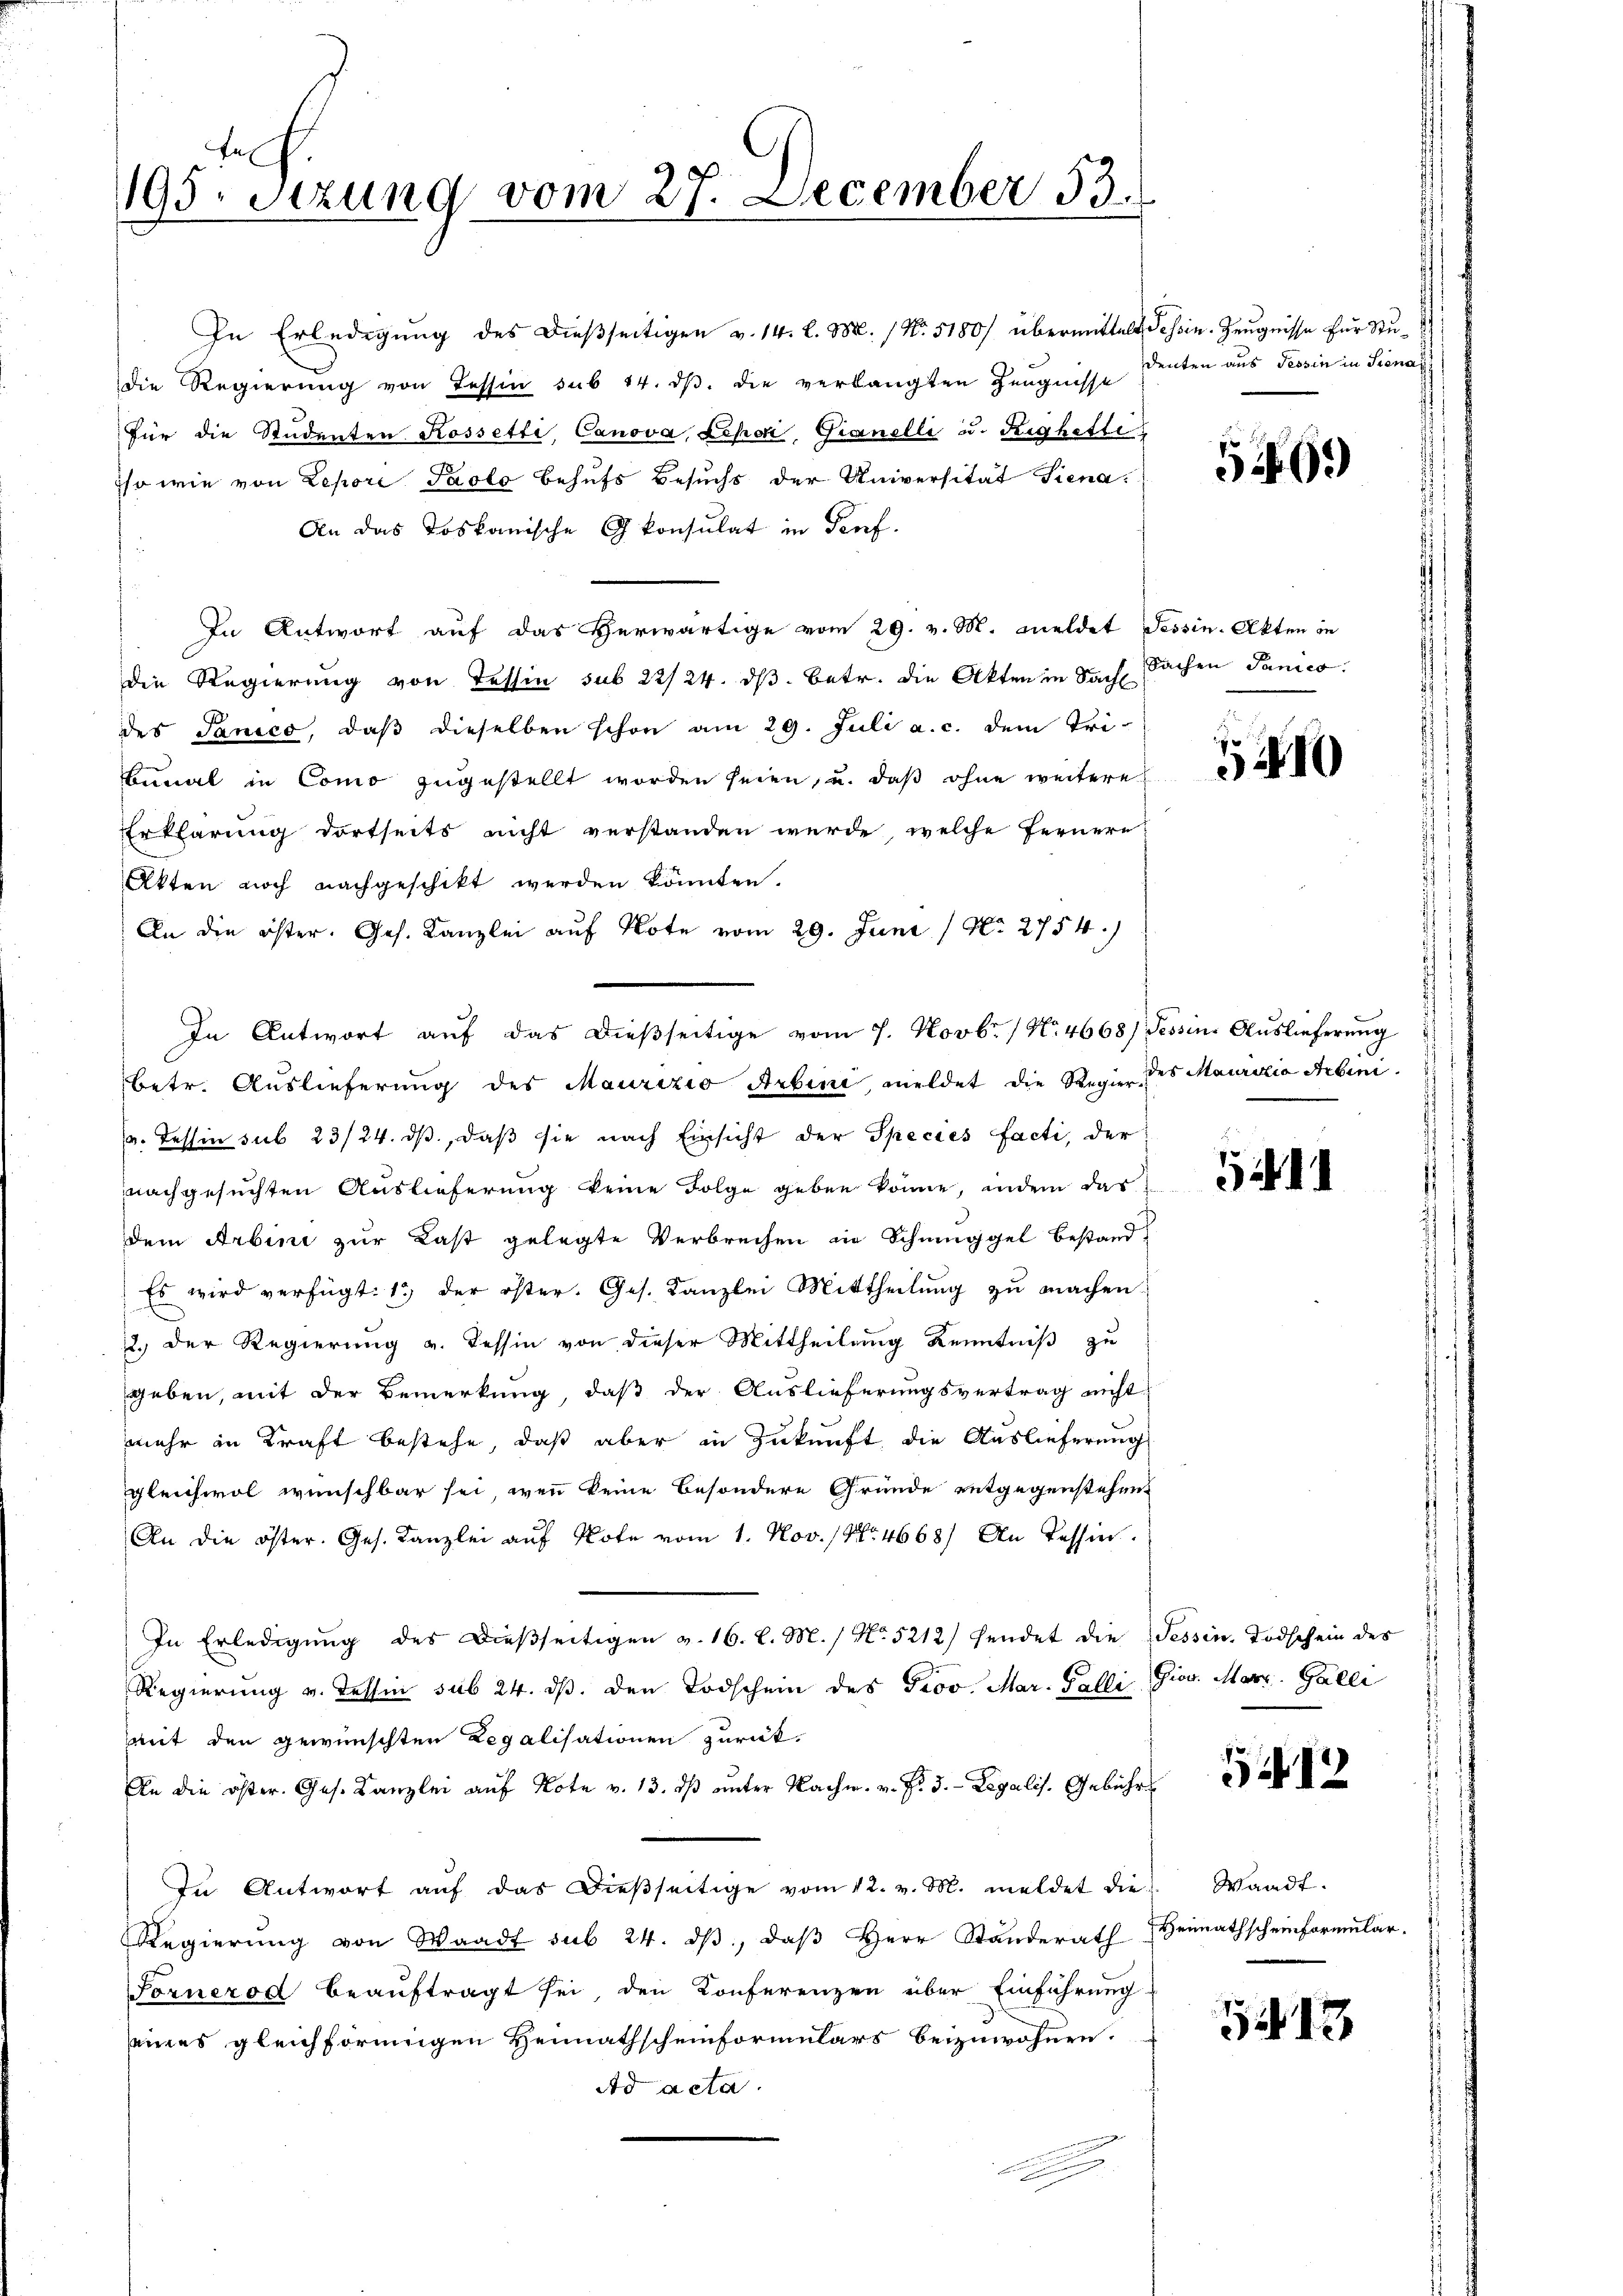
195 Stzung vom 27. December 53.

In Erledigung des dießseitigen v. 14. l. M. / No. 5180/ übermittelt Tessin. Zeugnisse für Studie Regierung von Tessin sub 14. ds. die verlangten Zeugnisse
für die Studenten Rossetti, Canova, Lepa, Gianelli u. Righetti
iso wie von Zepore Pacto behufs Besuchs der Universität Siena
An das Loskanische G konsulat in Prof.
In Antwort auf das Verwärtige vom 29. v. M. meldet Tessin. Akten in
die Regierung von Tessin sub 22/24. dβ betr. die Akten in Sache Sachen Panico
des Sanico, daß dieselben schon am 29. Juli a. c. dem Tri-
Bunal in Como zugestellt worden seien, u. daß ohne weitere
Erklärung dortseits nicht verstanden werde, welche fernere
Akten noch nachgeschikt werden könnten.
An die öster. Ges. Kanzlei auf Note vom 29. Juni / No. 2754.)
In Antwort auf das dießseitige vom 7. Novbr. / No. 4668) Tessin Auslieferung
betr. Auslieferung des Maurizio Arbini meldet die Regier des Maurizia Arbini¬
u. Tessin sub 23/24. dβ, daß sie nach Einsicht der Species facti, der
nachgesuchten Auslieferung keine Folge geben könne, indem das
dem Arbini zur Last gelegte Verbrechen in Schmuggel bestand-
Es wird verfügt: 1.) der öster. Ges. Kanzlei Mittheilung zu machen.
2.) Der Regierung v. Tessin von dieser Mittheilung Kenntniß zu
geben, mit der Bemerkung, daß der Auslieferungsvertrag nicht
mehr in Kraft bestehe, daß aber in Zukunft die Auslieferung
gleichwol wünschbar sei, wenn keine besondere Gründe entgegenstehend
An die öster. Ges. Kanzlei aŭf Note vom 1. Nov. (Nr. 4668) An Tessier
In Erledigung des dießseitigen v. 16. l. M. / No. 5212/ hendet die Tessin, Todschein des
Regierung v. Tessin sub 24. dβ. den Todschein des Prov. Mar. Galli Gior. Marz. Galli
mit den gewünschten Regalisationen zurück-
An die öster. Ges. Kanzlei auf Note v. 13. dβ ŭnter Nachm. v. d. 5.- Legalis. Gebühr
In Antwort aŭf das dieβseitige vom 12. v. M. meldet die
Regierŭng von Waadt sub 24. dβ, daβ Herr Standerath
Fornerod beauftragt sei den Konferenzen über Einführung
eines gleichförmigen Heimathscheinformulars beizuwohnen.
Ad acta.
a

denten aus Tessin in Sonac

529.

1410

5411

512

Waadt.
Heimathscheinformular¬

1213